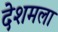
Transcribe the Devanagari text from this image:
देशमला